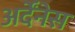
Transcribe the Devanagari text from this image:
अर्देंनेस